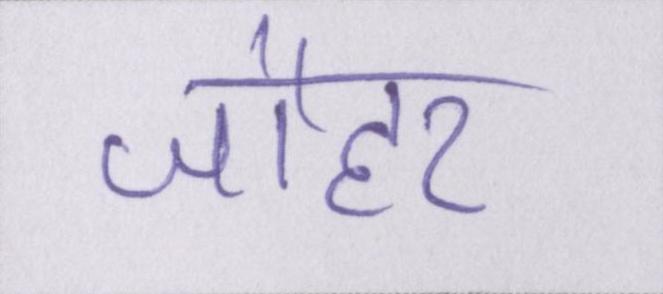
जौहर